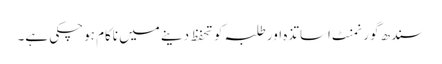
سندھ گورنمنٹ اساتذہ اور طلبہ کو تحفظ دینے میں ناکام ہوچکی ہے۔